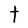
Character: t